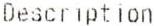
DESCRIPTION